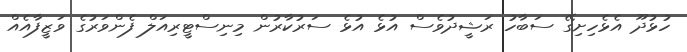
ހުޅުދޫ އެޅެހިށިގޭ ސަބާހު ރަޝީދުވެސް އުޅެ އުޅެ ސަރުކާރުން މިނިސްޓީރިއަލް ފެންވަރުގެ ވަޒީފާއެއް